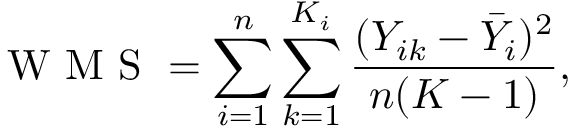
\mathrm { ~ W ~ M ~ S ~ } = \sum _ { i = 1 } ^ { n } \sum _ { k = 1 } ^ { K _ { i } } \frac { ( Y _ { i k } - \bar { Y } _ { i } ) ^ { 2 } } { n ( K - 1 ) } ,